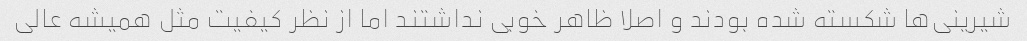
شیرینی‌ها شکسته شده بودند و اصلا ظاهر خوبی نداشتند اما از نظر کیفیت مثل همیشه عالی